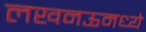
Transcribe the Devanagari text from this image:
लखनऊमध्ये